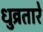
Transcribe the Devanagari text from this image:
धुव्रतारे